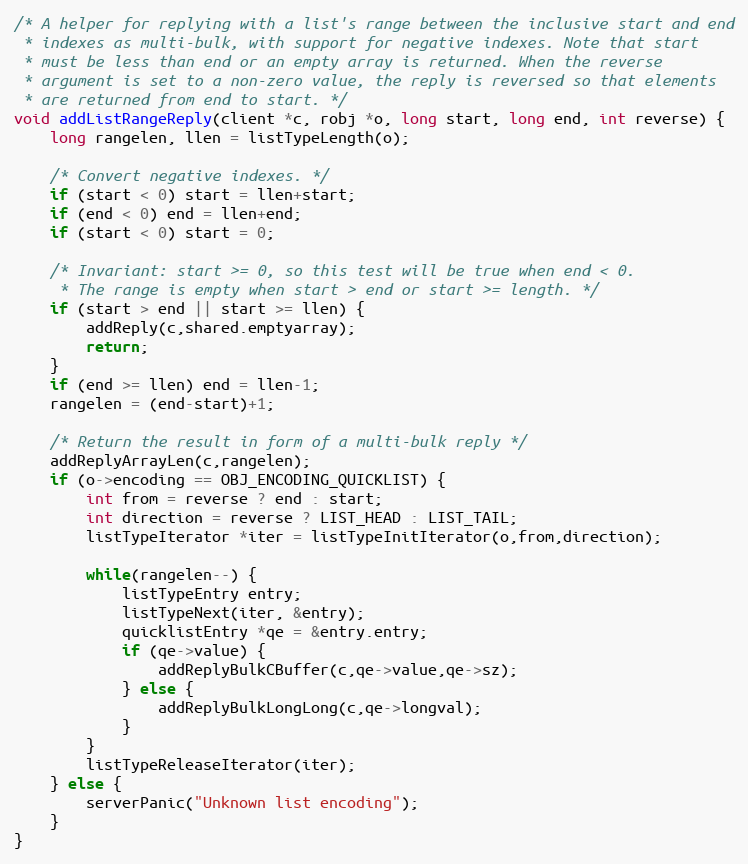
Language: C
/* A helper for replying with a list's range between the inclusive start and end
 * indexes as multi-bulk, with support for negative indexes. Note that start
 * must be less than end or an empty array is returned. When the reverse
 * argument is set to a non-zero value, the reply is reversed so that elements
 * are returned from end to start. */
void addListRangeReply(client *c, robj *o, long start, long end, int reverse) {
    long rangelen, llen = listTypeLength(o);

    /* Convert negative indexes. */
    if (start < 0) start = llen+start;
    if (end < 0) end = llen+end;
    if (start < 0) start = 0;

    /* Invariant: start >= 0, so this test will be true when end < 0.
     * The range is empty when start > end or start >= length. */
    if (start > end || start >= llen) {
        addReply(c,shared.emptyarray);
        return;
    }
    if (end >= llen) end = llen-1;
    rangelen = (end-start)+1;

    /* Return the result in form of a multi-bulk reply */
    addReplyArrayLen(c,rangelen);
    if (o->encoding == OBJ_ENCODING_QUICKLIST) {
        int from = reverse ? end : start;
        int direction = reverse ? LIST_HEAD : LIST_TAIL;
        listTypeIterator *iter = listTypeInitIterator(o,from,direction);

        while(rangelen--) {
            listTypeEntry entry;
            listTypeNext(iter, &entry);
            quicklistEntry *qe = &entry.entry;
            if (qe->value) {
                addReplyBulkCBuffer(c,qe->value,qe->sz);
            } else {
                addReplyBulkLongLong(c,qe->longval);
            }
        }
        listTypeReleaseIterator(iter);
    } else {
        serverPanic("Unknown list encoding");
    }
}